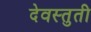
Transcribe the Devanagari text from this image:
देवस्तुती